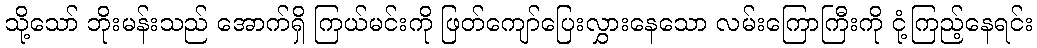
သို့သော် ဘိုးမန်းသည် အောက်ရှိ ကြယ်မင်းကို ဖြတ်ကျော်ပြေးလွှားနေသော လမ်းကြောကြီးကို ငုံ့ကြည့်နေရင်း